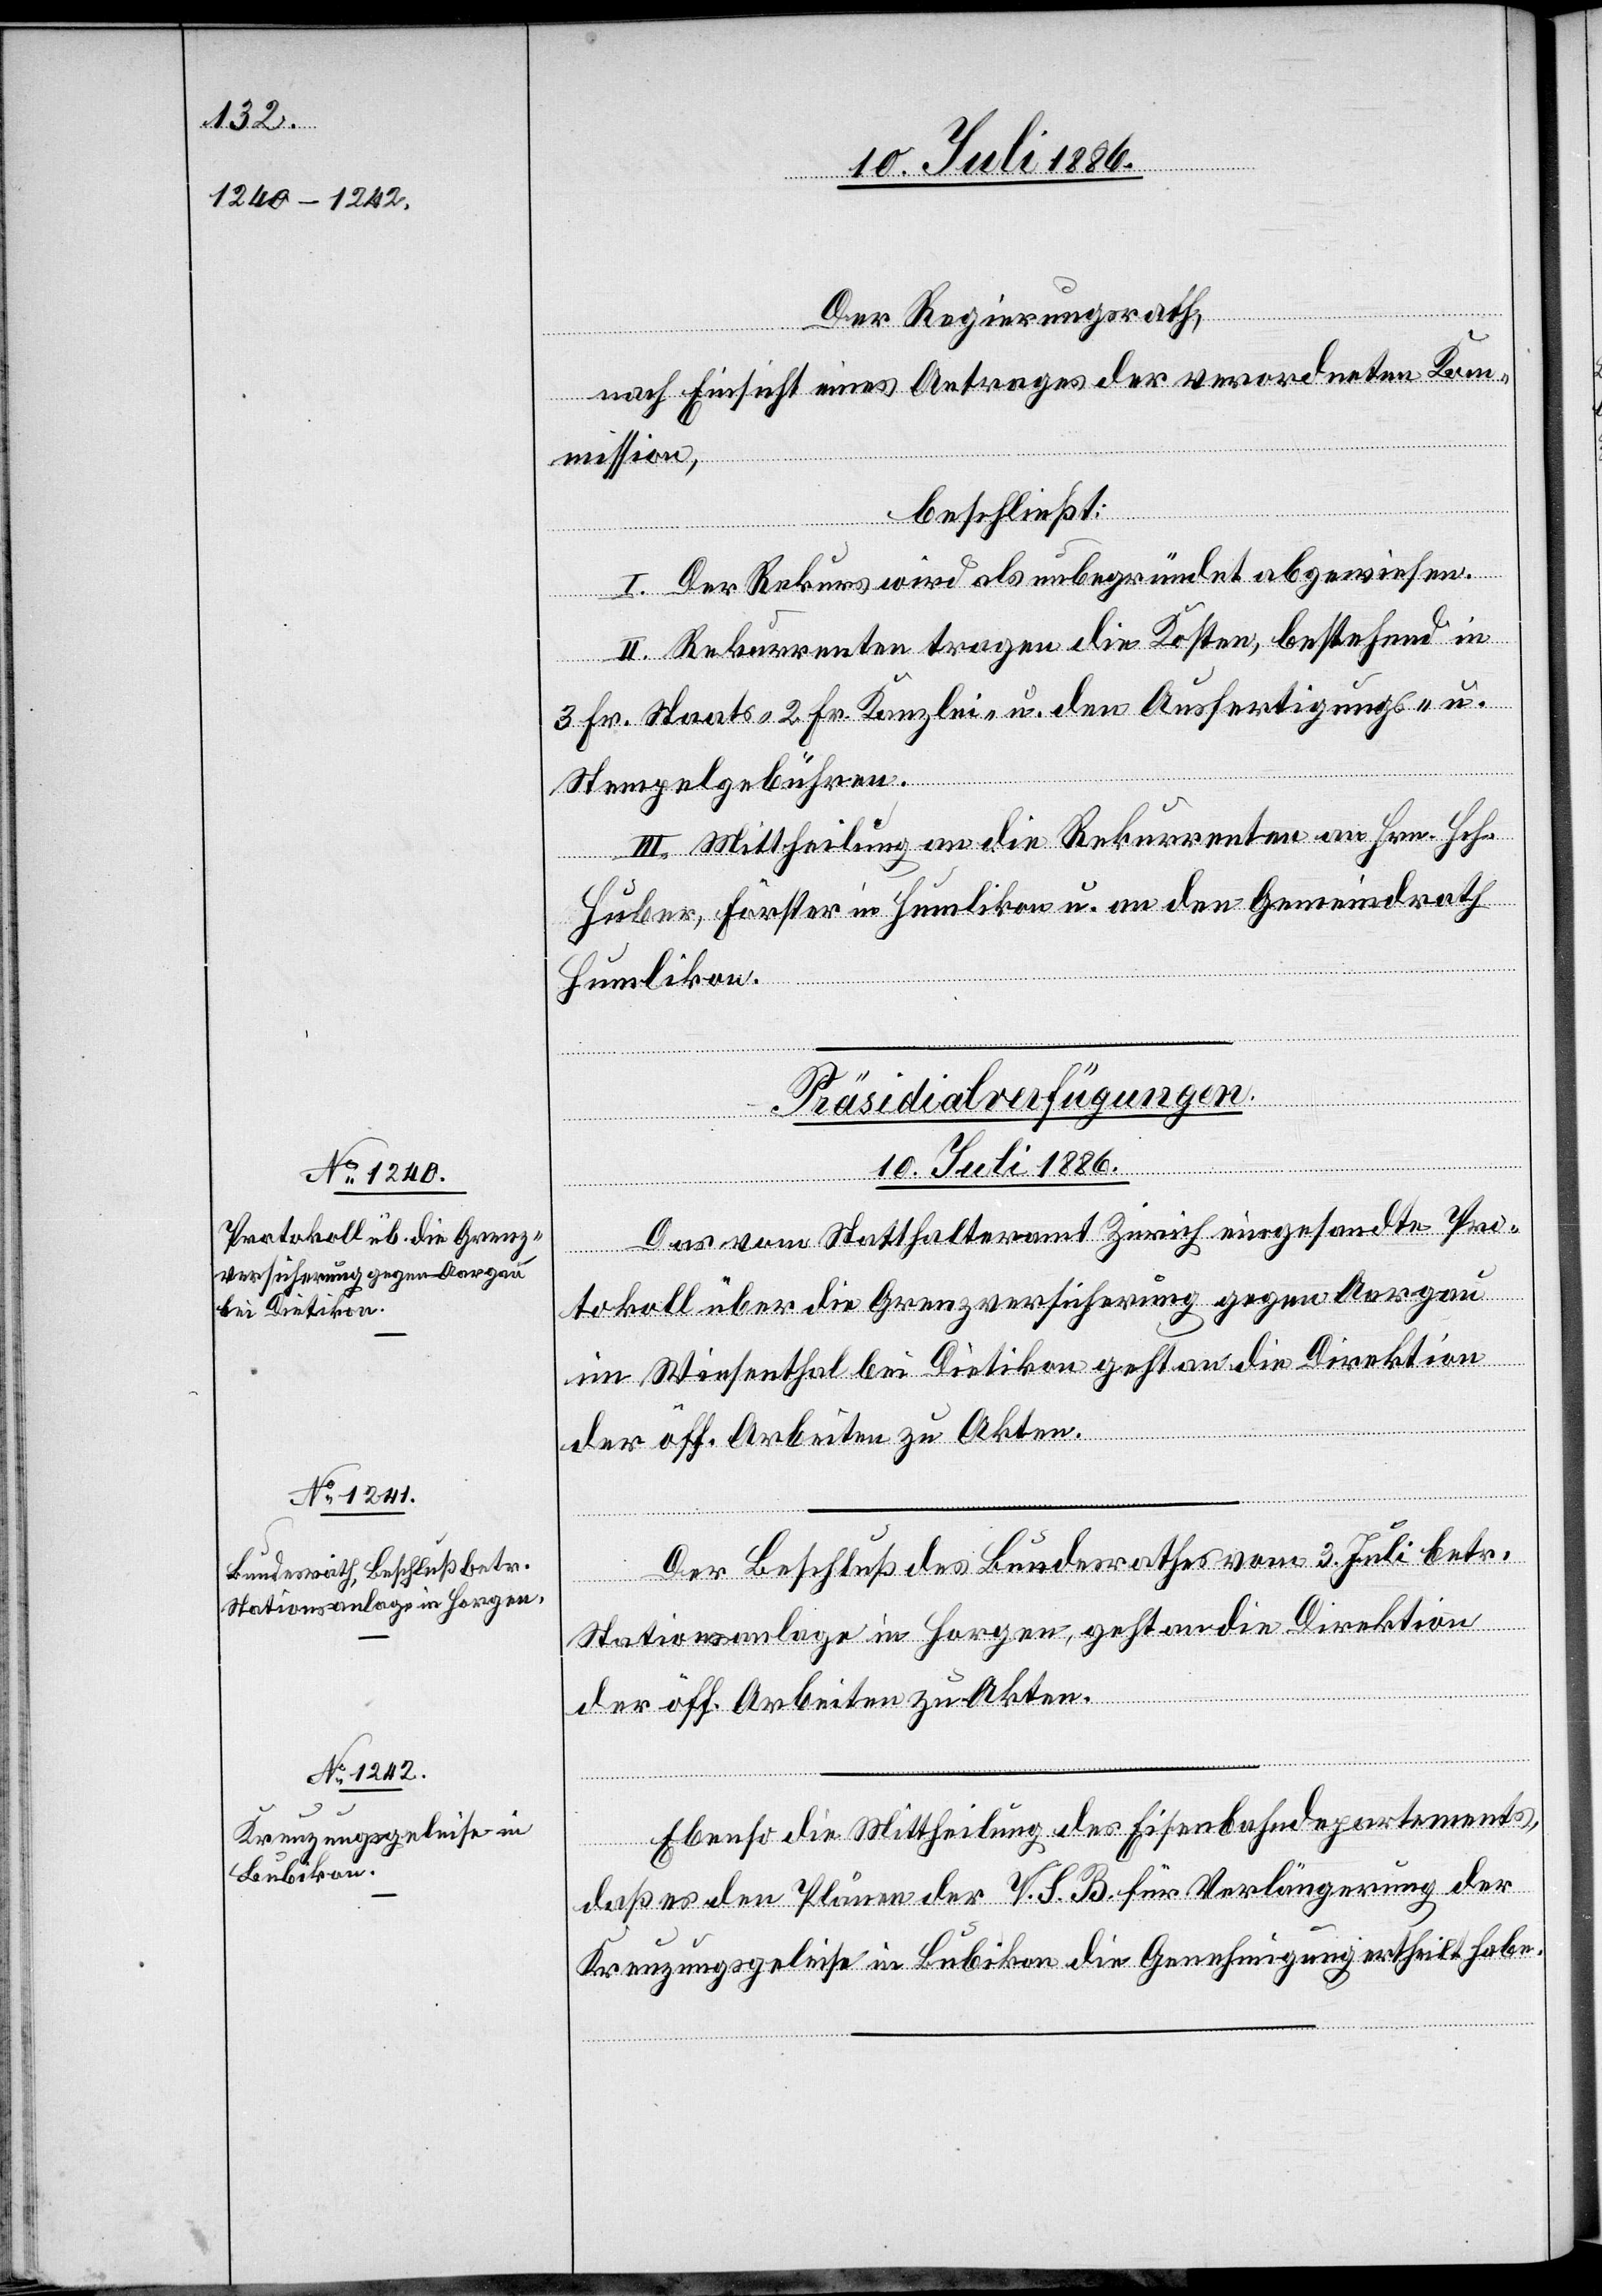
[Präsidialverfügungen.
10. Juli 1886.]
Das vom Statthalteramt Zürich eingesandte Pro¬
tokoll über die Grenzversicherung gegen Aargau
im Wiesenthal bei Dietikon geht an die Direktion
der öff. Arbeiten zu Akten.
Der Beschluß des Bundesrathes vom 3. Juli betr.
Stationsanlage in Horgen, geht an die Direktion
der öff. Arbeiten zu Akten.
Ebenso die Mittheilung des Eisenbahndepartements,
daß es den Plänen der V. S. B. für Verlängerung der
Kreuzungsgeleise in Bubikon die Genehmigung ertheilt habe.